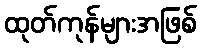
ထုတ်ကုန်များအဖြစ်